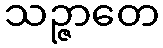
သဉ္ဇာတေ